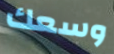
وسعك